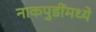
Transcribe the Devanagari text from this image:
नाकपुडींमध्ये